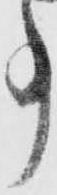
事